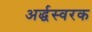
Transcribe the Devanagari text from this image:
अर्द्धस्वरक